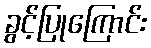
ခွင့်ပြုကြောင်း